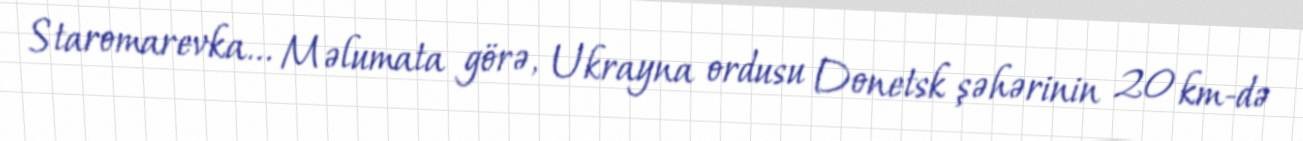
Staromarevka... Məlumata görə, Ukrayna ordusu Donetsk şəhərinin 20 km-də